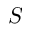
S